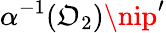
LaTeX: \alpha^{-1}(\mathfrak{O}_{2})\nip^{\prime}